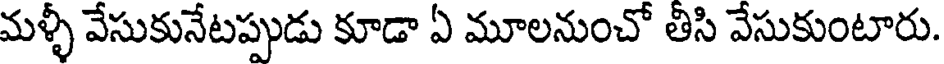
మళ్ళీ వేసుకునేటప్పుడు కూడా ఏ మూలనుంచో తీసి వేసుకుంటారు.